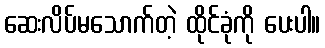
ဆေးလိပ်မသောက်တဲ့ ထိုင်ခုံကို ပေးပါ။